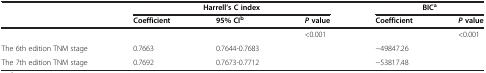
<table><thead><tr><td><b> </b></td><td colspan="3"><b>Harrell’s C index</b></td><td colspan="2"><b>BIC<sup>a</sup></b></td></tr><tr><td><b> </b></td><td><b>Coefficient</b></td><td><b>95% CI<sup>b</sup></b></td><td><b><i>P </i>value</b></td><td><b>Coefficient</b></td><td><b><i>P </i>value</b></td></tr></thead><tbody><tr><td> </td><td> </td><td> </td><td>&lt;0.001</td><td> </td><td>&lt;0.001</td></tr><tr><td>The 6th edition TNM stage</td><td>0.7663</td><td>0.7644-0.7683</td><td> </td><td>−49847.26</td><td> </td></tr><tr><td>The 7th edition TNM stage</td><td>0.7692</td><td>0.7673-0.7712</td><td> </td><td>−53817.48</td><td> </td></tr></tbody></table>